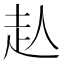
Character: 龪